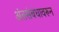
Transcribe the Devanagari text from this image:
अंतसंबंधावरून